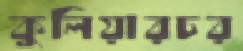
কুলিয়ারচর